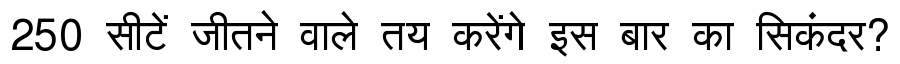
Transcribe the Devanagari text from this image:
250 सीटें जीतने वाले तय करेंगे इस बार का सिकंदर?